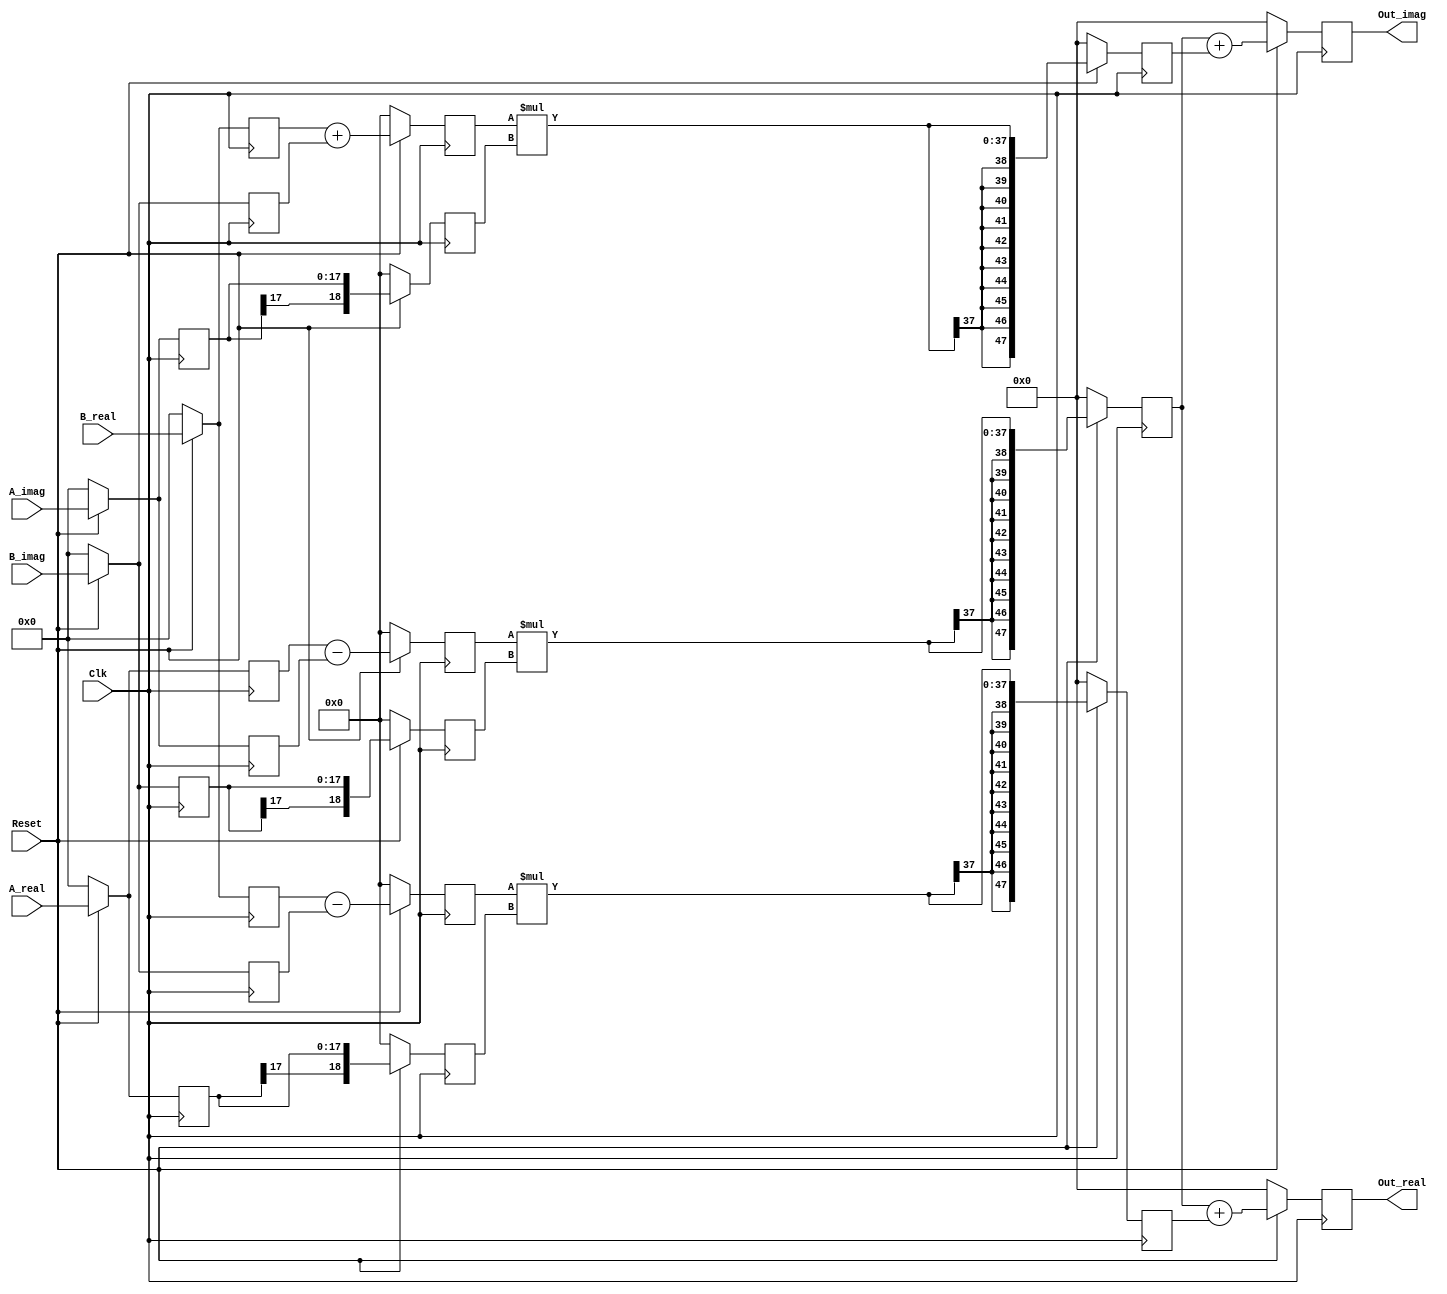
module Q3(
    input  Clk,          // Clock signal
    input Reset,         // Reset signal
    input signed[17:0] A_real,  // Real part of input A
    input signed[17:0] A_imag,  // Imaginary part of input A
    input signed[17:0] B_real,  // Real part of input B
    input signed[17:0] B_imag,  // Imaginary part of input B
    output signed[47:0] Out_real, // Real part of the output
    output signed[47:0] Out_imag  // Imaginary part of the output
    );

    integer index;

    // Registers for each stage
    reg signed[17:0] first_stage_regs[8:0];  // Registers for the first stage
    reg signed[18:0] second_stage_regs[5:0]; // Registers for the second stage
    reg signed[47:0] third_stage_regs[2:0];  // Registers for the third stage
    reg signed[47:0] fourth_stage_regs[1:0]; // Registers for the fourth stage

    // Output connections
    assign Out_real = fourth_stage_regs[0];  // Connect output real to the fourth stage's real
    assign Out_imag = fourth_stage_regs[1];  // Connect output imaginary to the fourth stage's imaginary

    always @(posedge Clk) begin
        if(!Reset) begin
            // Reset all stage registers to zero
            for(index = 0; index < 9; index = index + 1)
                first_stage_regs[index] <= 18'd0;
            for(index = 0; index < 6; index = index + 1)
                second_stage_regs[index] <= 19'd0;
            for(index = 0; index < 3; index = index + 1)
                third_stage_regs[index] <= 48'd0;
            for(index = 0; index < 2; index = index + 1)
                fourth_stage_regs[index] <= 48'd0;
        end else begin
            // Input assignment
            first_stage_regs[0] <= A_real;
            first_stage_regs[1] <= A_imag;
            first_stage_regs[2] <= B_imag;
            first_stage_regs[3] <= B_real;
            first_stage_regs[4] <= B_imag;
            first_stage_regs[5] <= A_real;
            first_stage_regs[6] <= B_real;
            first_stage_regs[7] <= B_imag;
            first_stage_regs[8] <= A_imag;
            // Calculation
            second_stage_regs[0] <= first_stage_regs[0] - first_stage_regs[1];
            second_stage_regs[1] <= first_stage_regs[2];
            second_stage_regs[2] <= first_stage_regs[3] - first_stage_regs[4];
            second_stage_regs[3] <= first_stage_regs[5];
            second_stage_regs[4] <= first_stage_regs[6] + first_stage_regs[7];
            second_stage_regs[5] <= first_stage_regs[8];
            // Multiplication
            third_stage_regs[0] <= second_stage_regs[0] * second_stage_regs[1];
            third_stage_regs[1] <= second_stage_regs[2] * second_stage_regs[3];
            third_stage_regs[2] <= second_stage_regs[4] * second_stage_regs[5];
            // Addition
            fourth_stage_regs[0] <= third_stage_regs[0] + third_stage_regs[1];
            fourth_stage_regs[1] <= third_stage_regs[0] + third_stage_regs[2];
        end
    end

endmodule